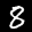
Label: 8